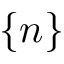
\{ n \}